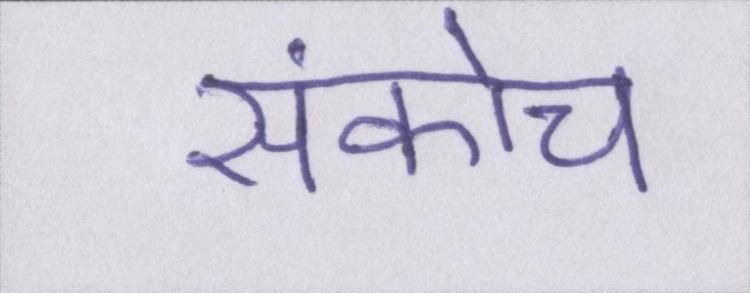
संकोच